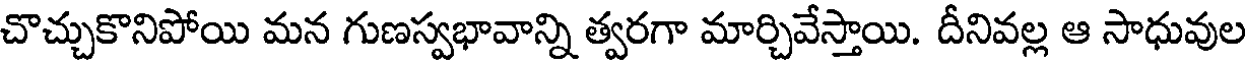
చొచ్చుకొనిపోయి మన గుణస్వభావాన్ని త్వరగా మార్చివేస్తాయి. దీనివల్ల ఆ సాధువుల